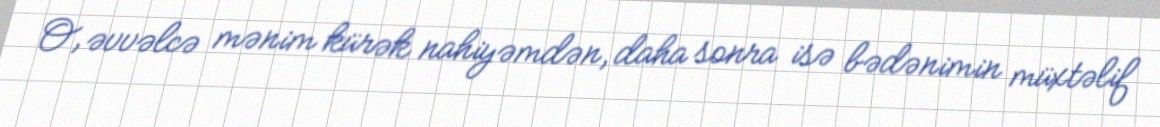
O, əvvəlcə mənim kürək nahiyəmdən, daha sonra isə bədənimin müxtəlif